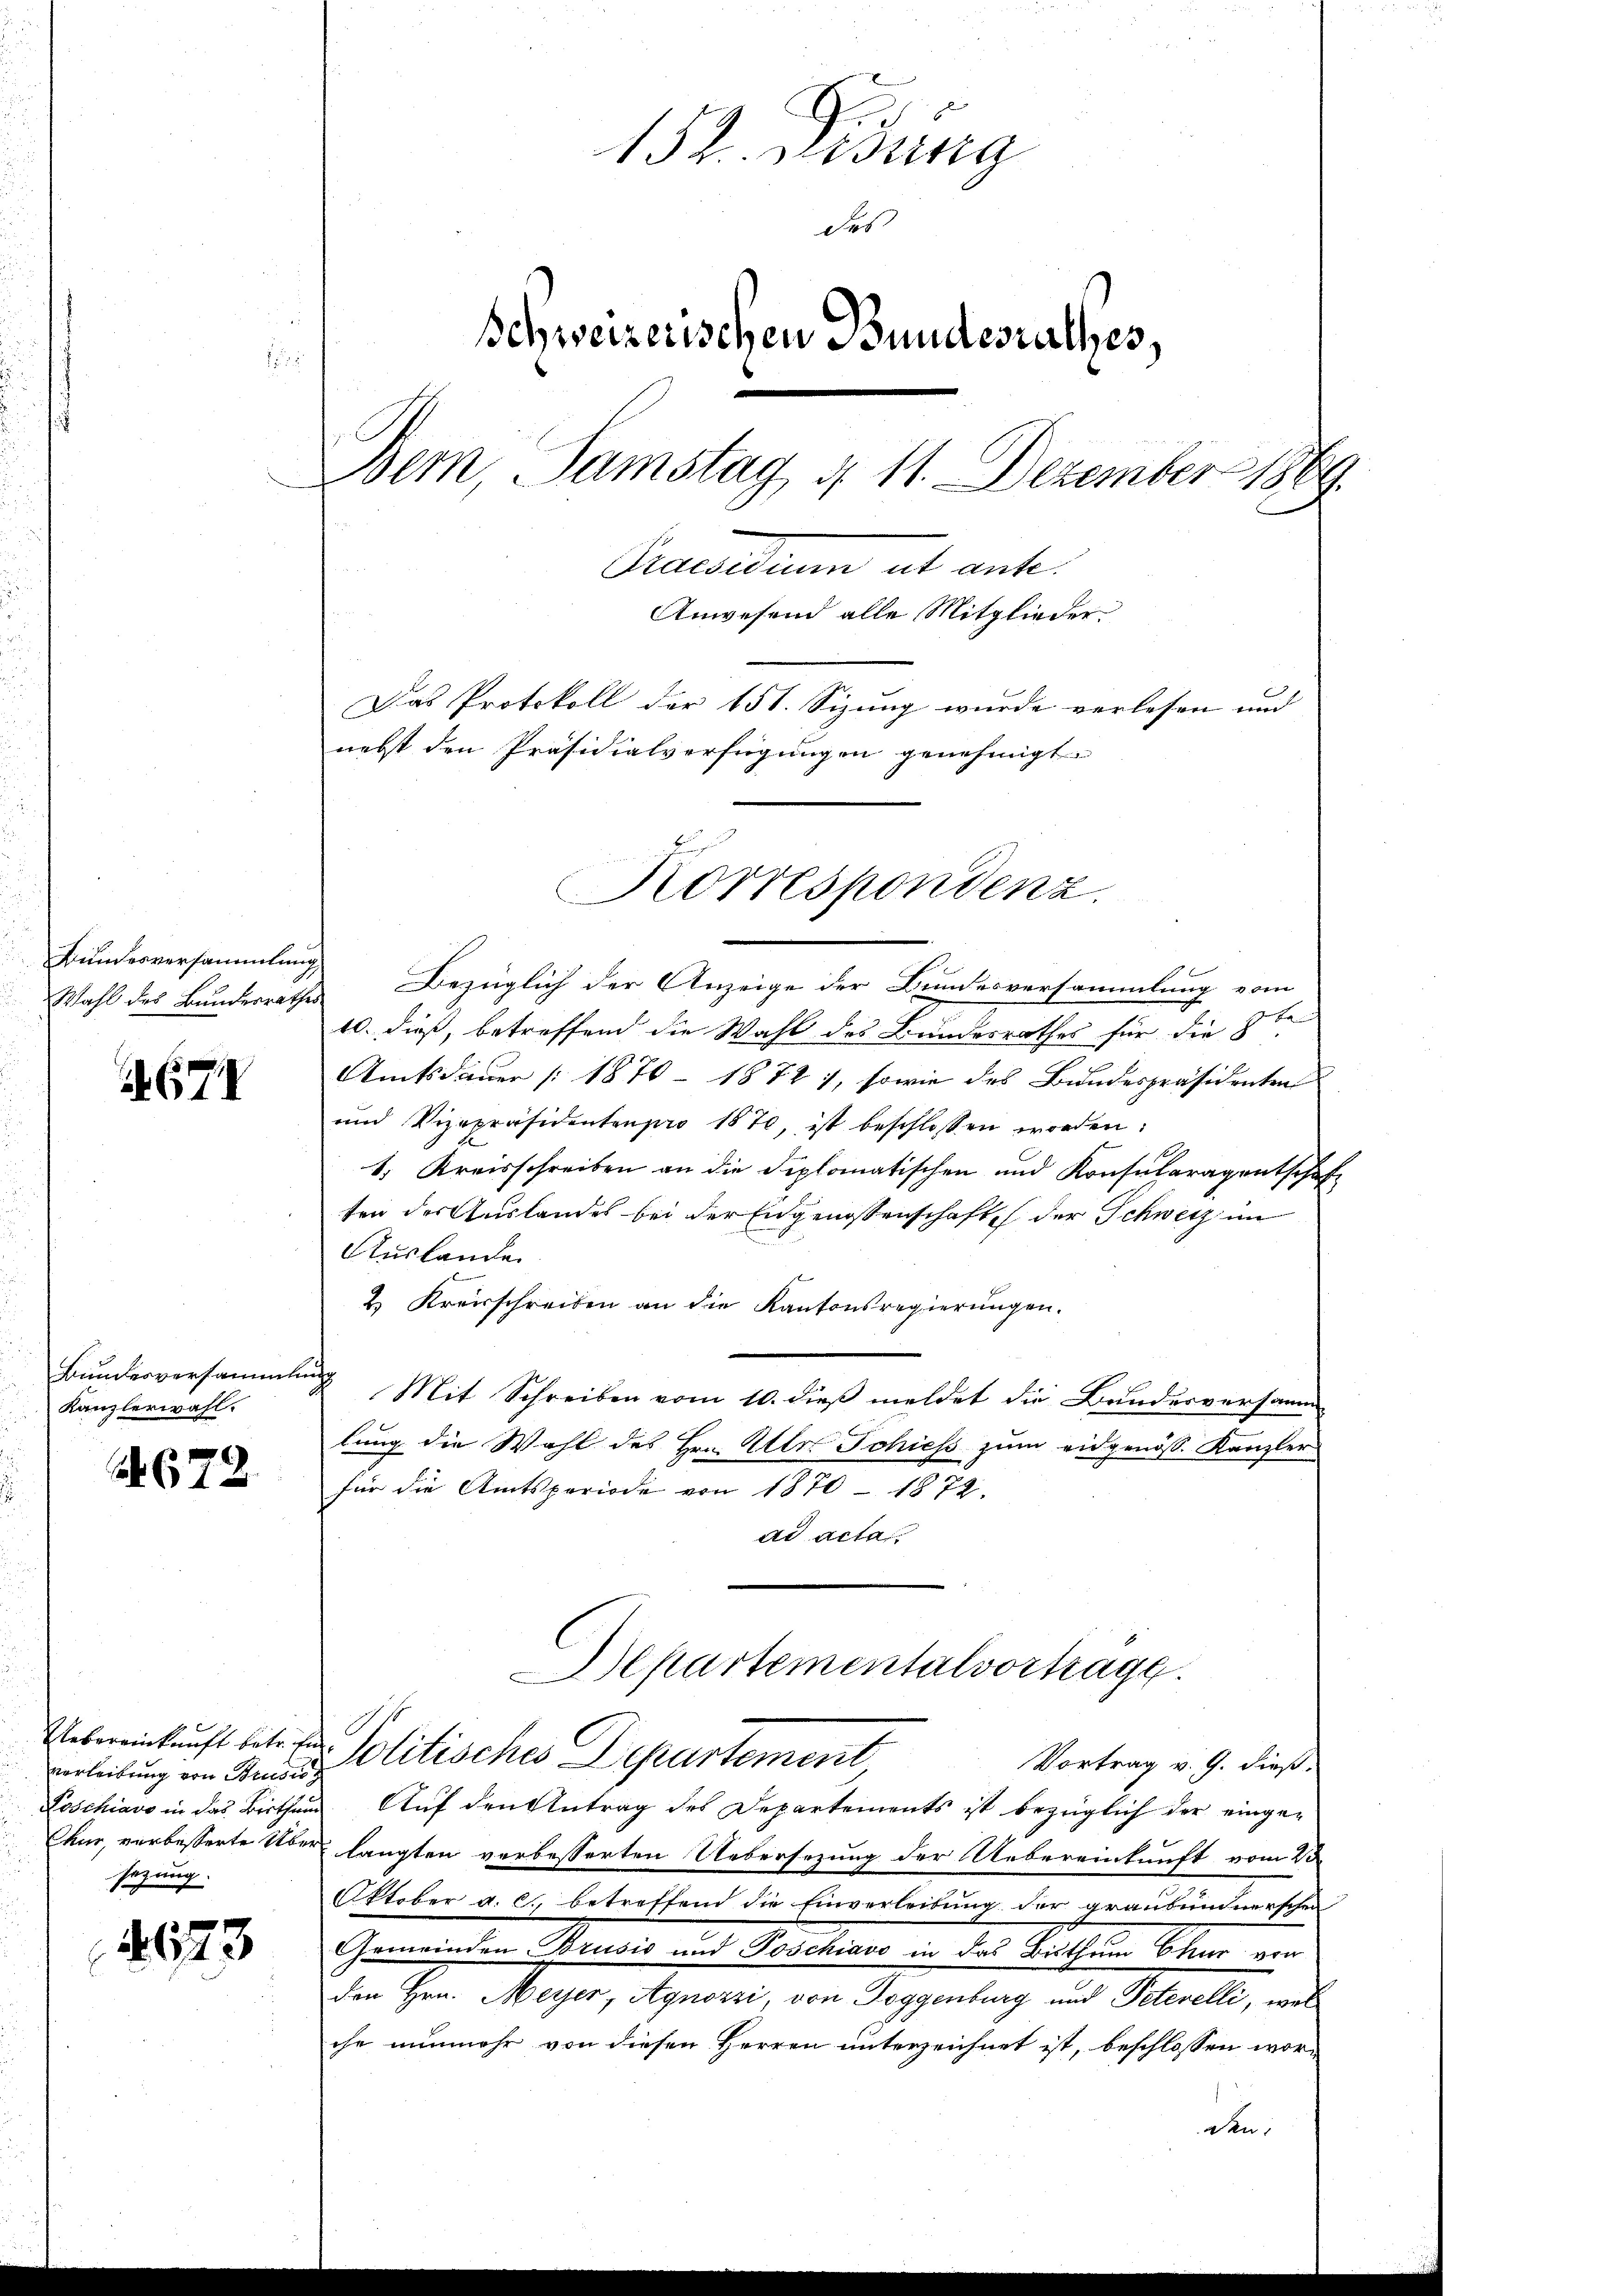
Bundesversammlung

678

Bundesversammlung
Kanzlerwahl.

672.

verleibung von Strudis
Loschiavo in das Bisthum
sezung.

4673

d
152. Didung
des
Schweizerischen Bundesrathes,

Bem, Samstag d. 11. Dezember 1869.
Praesidium ab ant¬
Anwesend alle Mitglieder
Das Protokoll der 151. Sizung wurde verlesen und
nebst den Präsidialverfügungen genehmigt.

Korrespondenz.

Wahl des Bunderrathes Bezüglich der Anzeige der Bundesversammlung vom
Ba
10. dieß, betreffend die Wahl des Bundesrathes für die 8
Amtsdauer § 1870 - 1872 7, sowie des Bundespräsidenten
und Vizepräsidentenpro 1870, ist beschlossen worden:
1. Kreisschreiben an die Diplomatischen und Konsularagentschaf
ten der Auslandes bei der Engenossenschaft der Schweiz im
Auslande
2 Kreisschreiben an die Kantonsregierungen.
Mit Schreiben vom 10. dieß meldet die Bundesversamm-
lung die Wahl des Hrn. Otto. Schiess zum eidgenöss. Kanzler
für die Amtsperiode von 1870 - 1872.
ad acta
Departementalvortrage
Uebereinkunft betr. v. Politisches Departement
Vortrag v. G. dieß.
Auf den Antrag des Departements ist bezüglich der einge¬
Chur, verbesserte Über langten verbesserten Uebersezung der Uebereinkunft vom 20
Oktober a. c., betreffend die Einverleibung der Graubündnerschen
Gemeinden Steiner und Martiner in der Sachen Obern ein
den Hrn. Meyer, Agnozzi, von Doggenburg und Peterelli, wel
che nunmehr von diesen Herren unterzeichnet ist, beschlossen worden